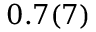
0 . 7 ( 7 )